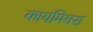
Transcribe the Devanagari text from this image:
कायमियरा